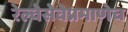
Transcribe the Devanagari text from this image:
रेल्वेसेवेप्रमाणेच